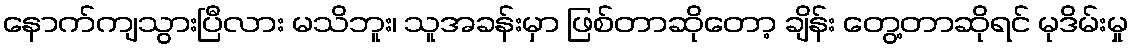
နောက်ကျသွားပြီလား မသိဘူး၊ သူအခန်းမှာ ဖြစ်တာဆိုတော့ ချိန်း တွေ့တာဆိုရင် မုဒိမ်းမှု